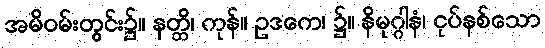
အမိဝမ်းတွင်း၌။ နတ္ထိ၊ ကုန်။ ဥဒကေ၊ ၌။ နိမုဂ္ဂါနံ၊ ငုပ်နစ်သော